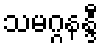
သမဂ္ဂနန္ဒီ